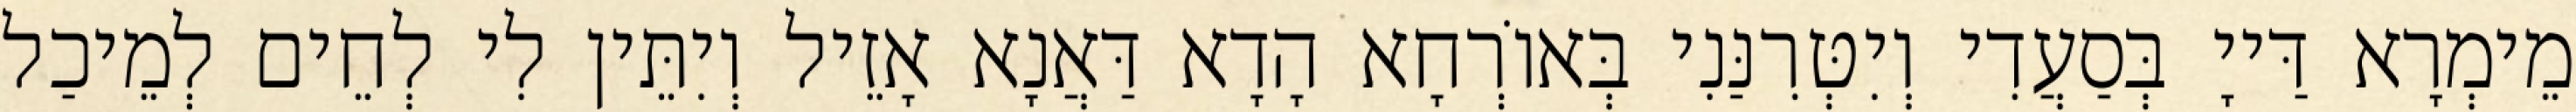
מֵימְרָא דַּייָ בְּסַעֲדִי וְיִטְּרִנַּנִי בְּאוֹרְחָא הָדָא דַּאֲנָא אָזֵיל וְיִתֵּין לִי לְחֵים לְמֵיכַל